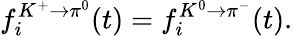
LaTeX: f_{i}^{K^{+}\rightarrow\pi^{0}}(t)=f_{i}^{K^{0}\rightarrow\pi^{-}}(t).